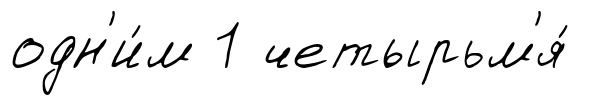
одн'и́м 1 четырьм'я́